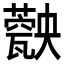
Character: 𤮡